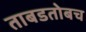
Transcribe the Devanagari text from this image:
ताबडतोबच